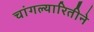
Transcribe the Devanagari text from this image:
चांगल्यारितीने